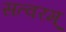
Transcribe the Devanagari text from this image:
सत्वरम्